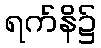
ရက်နိ၌